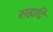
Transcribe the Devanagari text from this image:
सह्यद्रि